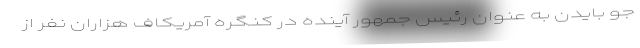
جو بایدن به عنوان رئیس جمهور آینده در کنگره آمریکاف هزاران نفر از